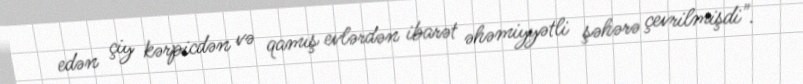
edən çiy kərpicdən və qamış evlərdən ibarət əhəmiyyətli şəhərə çevrilmişdi".